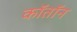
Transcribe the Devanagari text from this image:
कॉतॉन